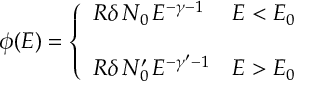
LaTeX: \phi ( E ) = \left\{ \begin{array} { l l } { { R \delta \, N _ { 0 } \, E ^ { - \gamma - 1 } } } & { { E < E _ { 0 } } } \\ { { } } & { { } } \\ { { R \delta \, N _ { 0 } ^ { \prime } \, E ^ { - \gamma ^ { \prime } - 1 } } } & { { E > E _ { 0 } } } \end{array} \right.